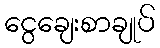
ငွေချေးစာချုပ်